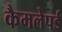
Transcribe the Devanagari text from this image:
कैमलेपर्ड